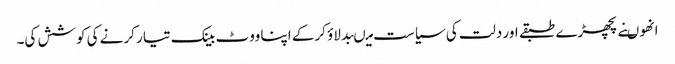
انھوںنے پچھڑے طبقے اور دلت کی سیاست میںبدلاؤ کرکے اپنا ووٹ بینک تیار کرنے کی کوشش کی۔